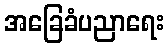
အခြေခံပညာရေး